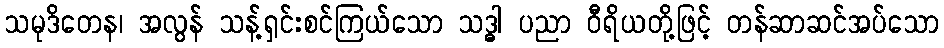
သမုဒိတေန၊ အလွန် သန့်ရှင်းစင်ကြယ်သော သဒ္ဓါ ပညာ ဝီရိယတို့ဖြင့် တန်ဆာဆင်အပ်သော